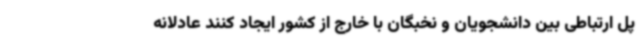
پل ارتباطی بین دانشجویان و نخبگان با خارج از کشور ایجاد کنند عادلانه